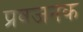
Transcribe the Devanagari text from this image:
प्रवजनक